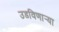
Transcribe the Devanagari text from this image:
उडविणार्‍या